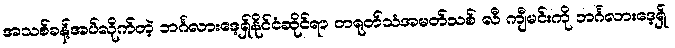
အသစ်ခန့်အပ်လိုက်တဲ့ ဘင်္ဂလားဒေ့ရှ်နိုင်ငံဆိုင်ရာ တရုတ်သံအမတ်သစ် လီ ကျီမင်းကို ဘင်္ဂလားဒေ့ရှ်